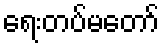
ရေးတပ်မတော်